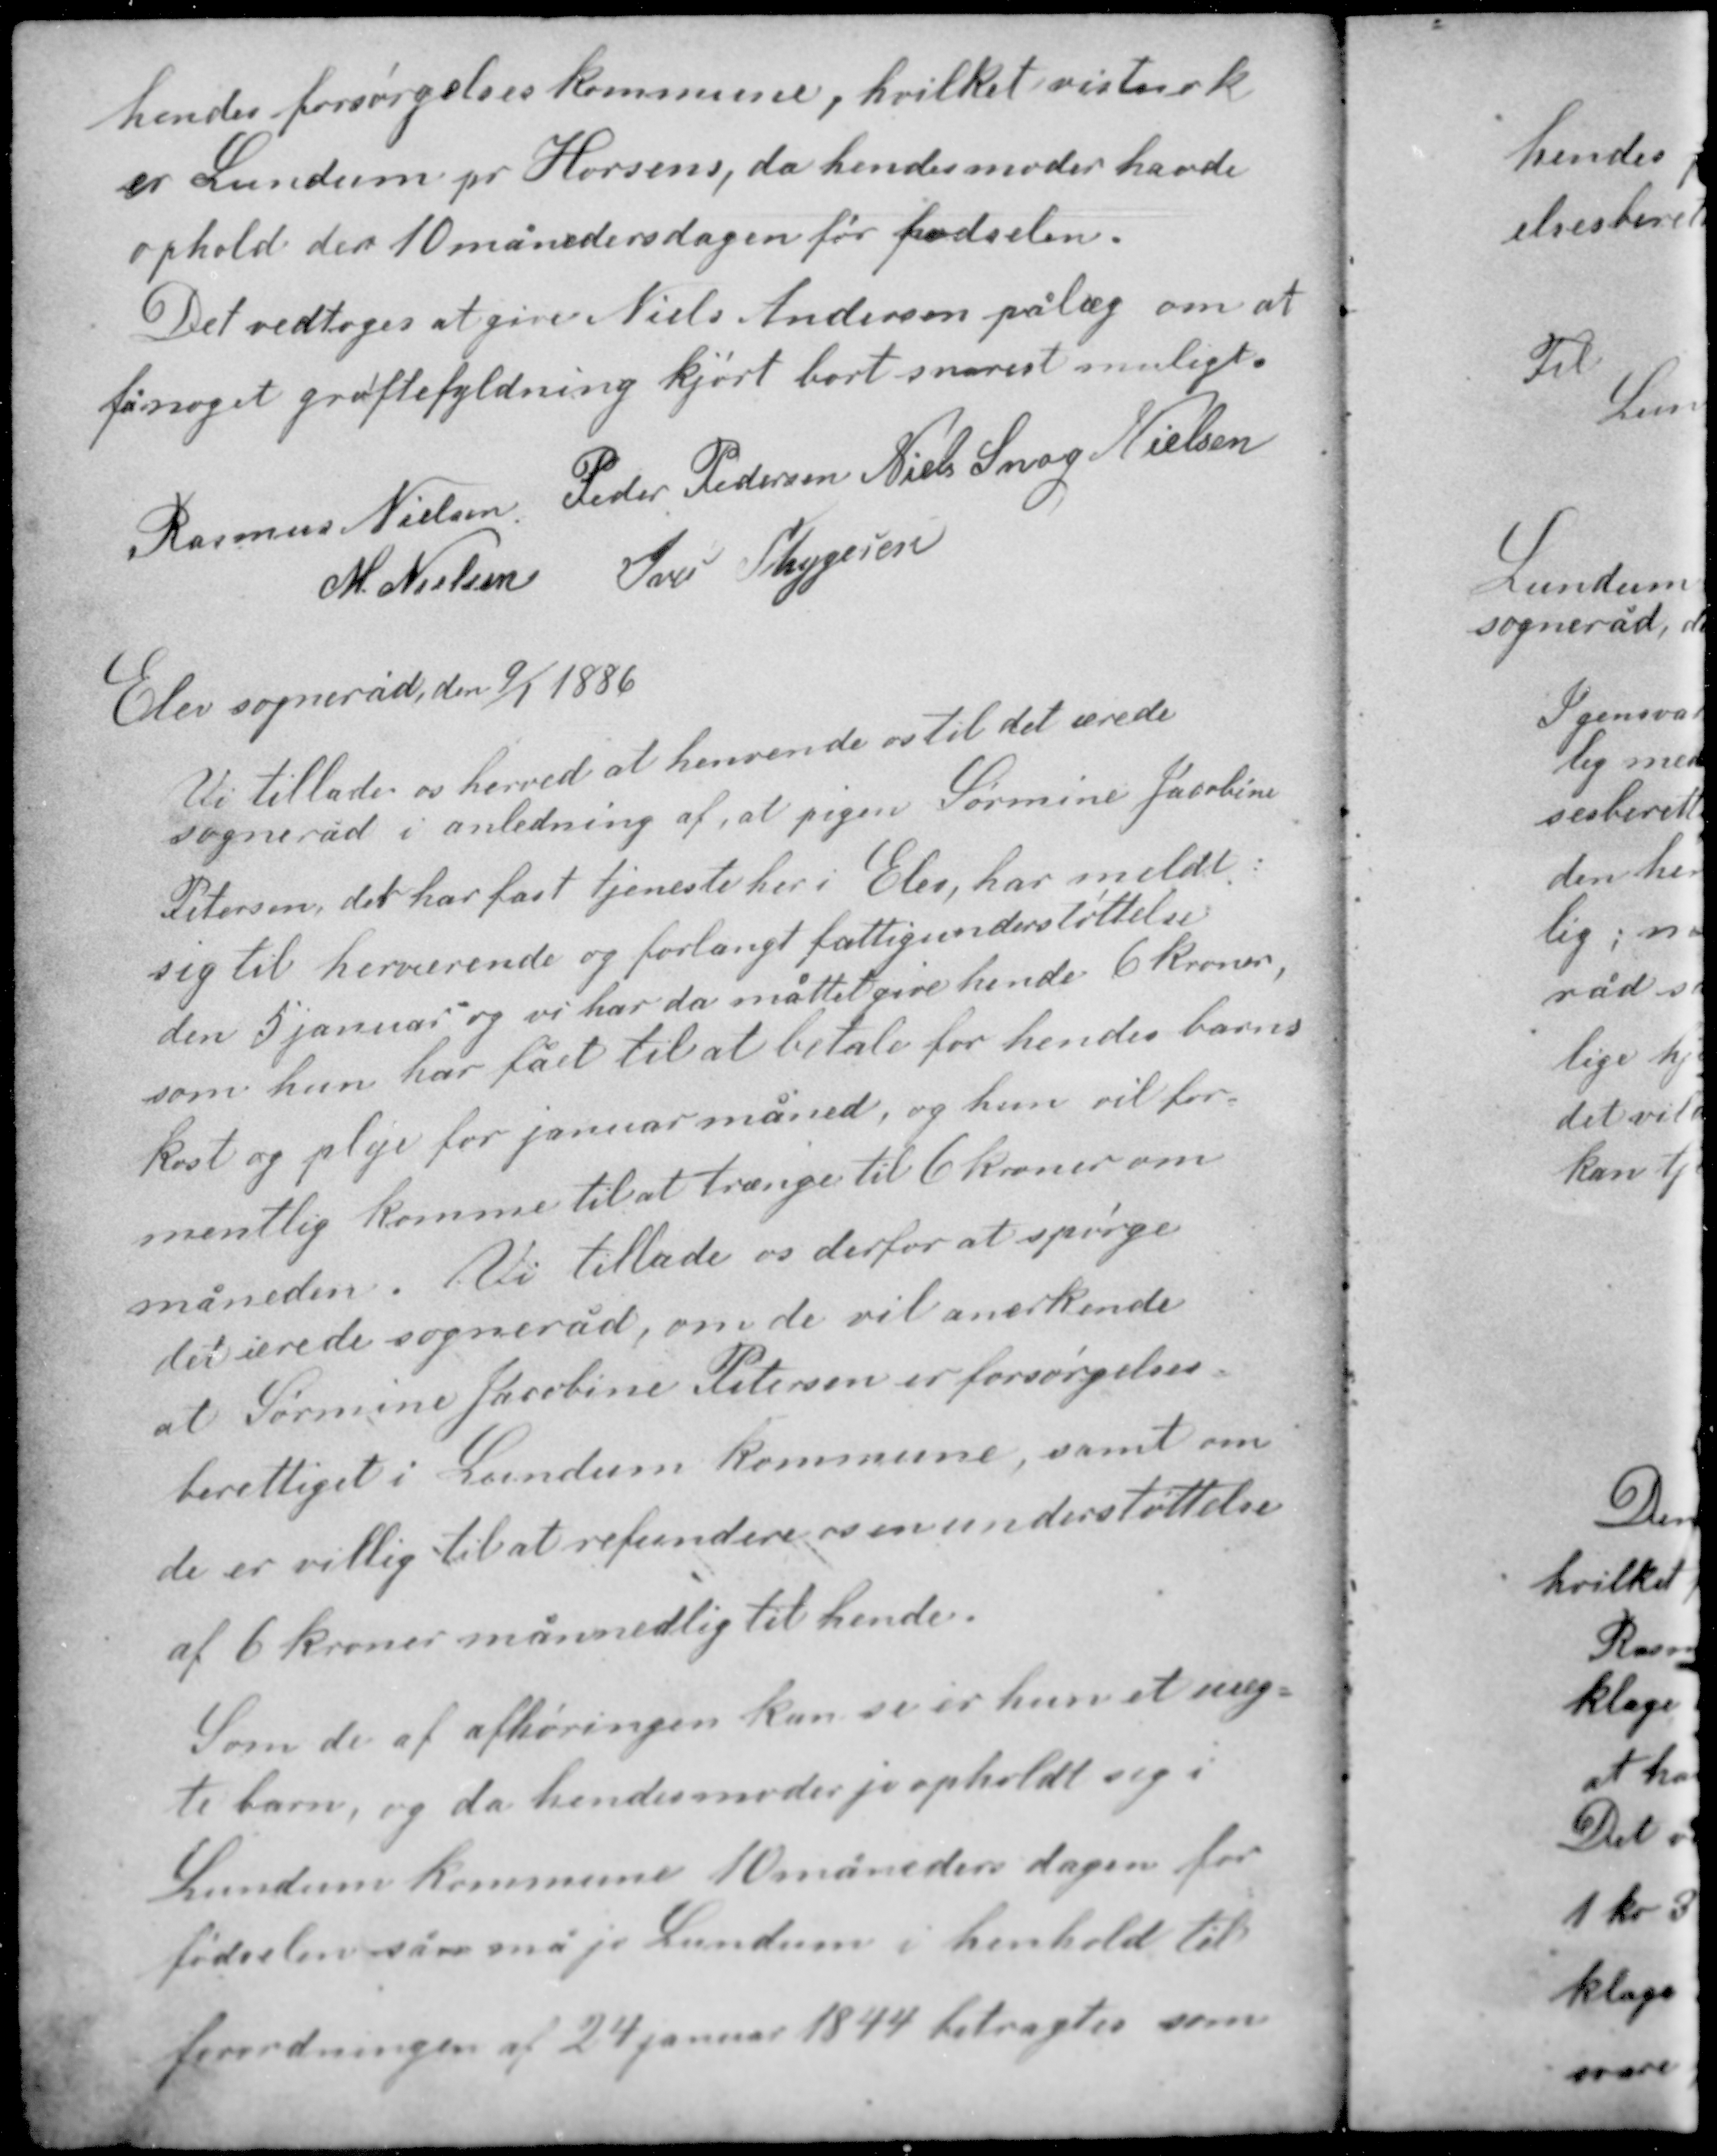
Transskription:
hendes forsørgelseskommune, hvilket vistnok
er Lundum pr Horsens, da hendes moder havde
ophold der 10 månedsdagen før fødselen.
Det vedtoges at give Niels Andersen pålæg om at
få noget grøftefyldning kjørt bort snarest muligt.

Rasmus Nielsen Peder Pedersen Niels Snog Nielsen
M. Nielsen Iver Thygesen

Elev sogneråd, den 9/1 1886

Vi tillader os herved at henvende os til det ærede
sogneråd i anledning af, at pigen Sørmine Jacobine
Petersen, der har fast tjeneste her i Elev, har meldt
sig til herværende og forlangt fattigunderstøttelse
den 5 januar og vi har da måttet give hende 6 kroner,
som hun har fået til at betale for hendes barns
kost og pleje for januar måned, og hun vil for-
mentlig komme til at trænge til 6 kroner om
måneden. Vi tillade os derfor at spørge
det ærede sogneråd, om de vil anerkende
at Sørmine Jacobine Petersen er forsørgelses-

berettiget i Lundum kommune, samt om
de er villig til at refundere os en understøttelse
af 6 kroner månedlig til hende.

Som de af afhøringen kan se er hun et uæg-
te barn, og da hendes moder jo opholdt sig i
Lundum kommune 10 måneders dagen for
fødselen så må jo Lundum i henhold til
forordningen af 24 januar 1844 betragtes som